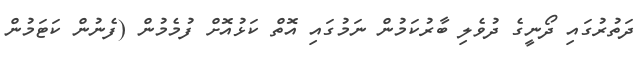
ދަތުރުގައި ދޯނީގެ ދުވެލި ބާރުކަމުން ނަމުގައި އޮތް ކަޅުއޮށް ފުމެމުން (ފެނުން ކަޓަމުން